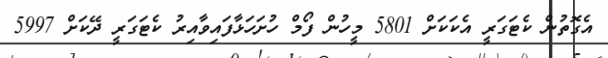
އެގޮތުން ކެޓަގަރީ އެކަކަށް 5801 މީހުން ފޯމް ހުށަހަޅާފައިވާއިރު ކެޓަގަރީ ދޭކަށް 5997